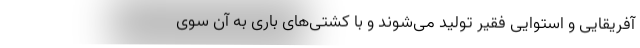
آفریقایی و استواییِ فقیر تولید می‌شوند و با کشتی‌های باری به آن سوی